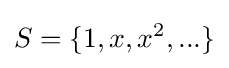
S=\{1,x,x^{2},...\}